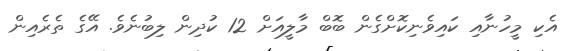
އެކި މީހުނާއި ކައިވެނިކޮށްގެން ބޮބް މާލީއަށް 12 ކުދިން ލިބުނެވެ. އޭގެ ތެރެއިން